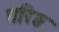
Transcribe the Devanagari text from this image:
बरिष्ठ